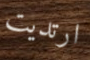
ارتديت